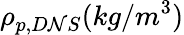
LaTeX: \rho_{p,D\mathcal{N}S}(kg/m^{3})